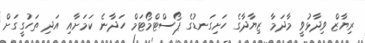
ރިޔާޒް ވިދާޅުވީ މާދަމާ ޒިޔާދާގެ ހަށިގަނޑުގެ ޕޯސްޓްމޯޓަމް ހަދާނެ ކަމަށާއި އަދި ތަހުގީގަށް